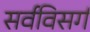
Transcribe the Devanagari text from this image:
सर्वविसर्ग